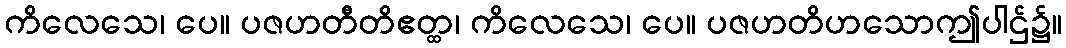
ကိလေသေ၊ ပေ။ ပဇဟတီတိဧတ္ထ၊ ကိလေသေ၊ ပေ။ ပဇဟတိဟသောဤပါဌ်၌။